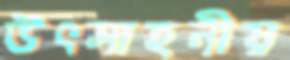
উৎসাহনীয়